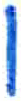
אות: ו